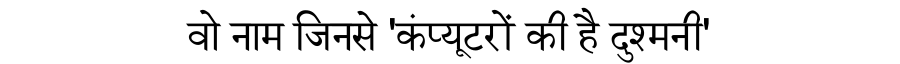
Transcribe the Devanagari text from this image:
वो नाम जिनसे 'कंप्यूटरों की है दुश्मनी'